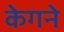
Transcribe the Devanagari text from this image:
केगने